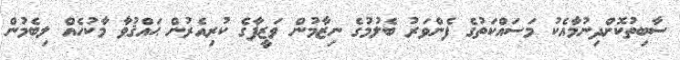
ސާބިތުކޮށްދިނުމާއެކު މަސައްކަތުގެ ފެންވަރު ބެލުމުގެ ނިޒާމުން ވަޒީފާގެ ކުރިއެރުން ޙައްޤުވާ މާކުހެއް ލިބެމުން